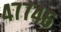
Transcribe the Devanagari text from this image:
४७७४६